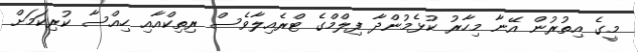
މީގެ އިތުރުން އޭނާ މިހާރު ކުޅެމުންދާ ފިލްްމްގެ ޓްރެއިލާވެސް ރިތިކްއާއި ހިއްސާ ކުރިކަމަށް